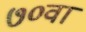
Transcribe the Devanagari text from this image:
७०वा